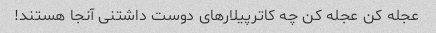
عجله کن عجله کن چه کاترپیلارهای دوست داشتنی آنجا هستند!